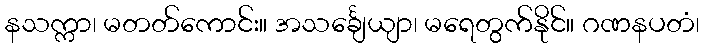
နသက္ကာ၊ မတတ်ကောင်း။ အသင်္ချေယျာ၊ မရေတွက်နိုင်။ ဂဏနပတံ၊